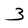
Character: 3